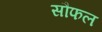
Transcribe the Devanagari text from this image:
सौफल